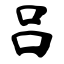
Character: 吕